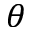
\theta